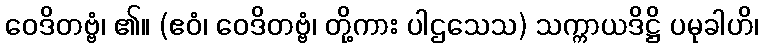
ဝေဒိတဗ္ဗံ၊ ၏။ (ဧဝံ၊ ဝေဒိတဗ္ဗံ၊ တို့ကား ပါဌသေသ) သက္ကာယဒိဋ္ဌိ ပမုခါဟိ၊